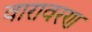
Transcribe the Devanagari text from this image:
वारावरण